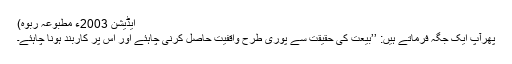
ایڈیشن 2003ء مطبوعہ ربوہ)
پھرآپ ایک جگہ فرماتے ہیں: ’’بیعت کی حقیقت سے پوری طرح واقفیت حاصل کرنی چاہئے اور اس پر کاربند ہونا چاہئے۔